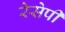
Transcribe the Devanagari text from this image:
रेसेपी